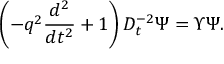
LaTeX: \left( - q ^ { 2 } \frac { d ^ { 2 } } { d t ^ { 2 } } + 1 \right) D _ { t } ^ { - 2 } \Psi = \Upsilon \Psi .